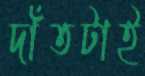
দাঁতটাই